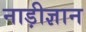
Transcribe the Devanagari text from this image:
नाड़ीज्ञान